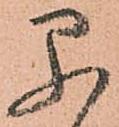
早